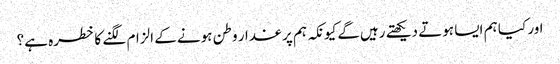
اور کیا ہم ایسا ہوتے دیکھتے رہیں‌گے کیونکہ ہم پر غدار وطن ہونے کے الزام لگنے کا خطرہ ہے؟